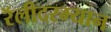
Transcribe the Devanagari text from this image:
रॅलीदरम्यान